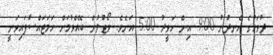
ދުވަހުގެ ހެނދުނު 9:00 އިން ހަވީރު 5:00 އަށެވެ. ވޯޓުލުން ބޭއްވުމަށް ހަމަޖައްސާފައިވަނީ